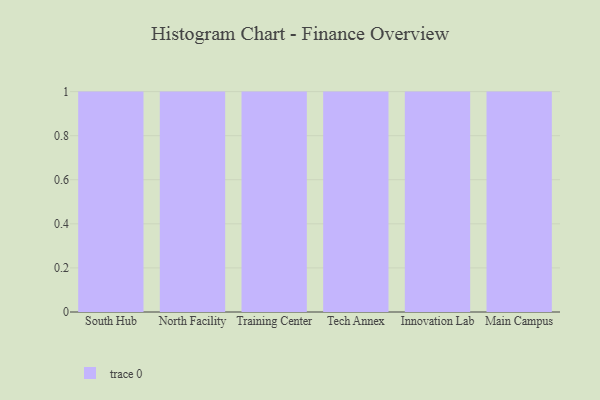
{"axis": {"x": "Campus", "y": "Churn Rate (%)"}, "legend": [""], "data": [{"x": "South Hub", "y": 36, "type": ""}, {"x": "North Facility", "y": 81, "type": ""}, {"x": "Training Center", "y": 36, "type": ""}, {"x": "Tech Annex", "y": 95, "type": ""}, {"x": "Innovation Lab", "y": 48, "type": ""}, {"x": "Main Campus", "y": 41, "type": ""}]}